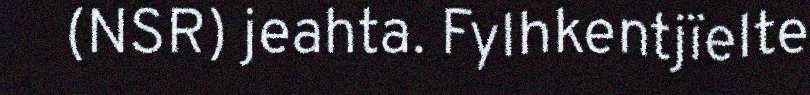
(NSR) jeahta. Fylhkentjïelte